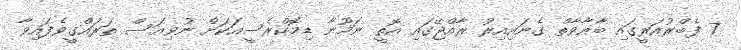
7 ފެބްރުއަރީގައި ބާޣާވާތް ގެނައިއިރު ރާއްޖޭގައި އޮތީ ނަމޫނާ ޑިމޮކްރެސީއަކަށް ނުވިއަސް ތަރައްގީވެފައިވާ